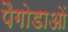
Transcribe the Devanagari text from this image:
पैगोडाओं